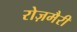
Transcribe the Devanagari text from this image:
रोज़मैरी